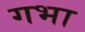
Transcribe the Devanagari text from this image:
गभा